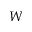
W